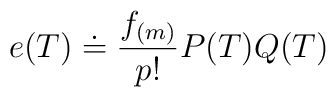
e(T)\doteq\frac{f_{(m)}}{p!}P(T)Q(T)